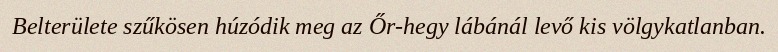
Belterülete szűkösen húzódik meg az Őr-hegy lábánál levő kis völgykatlanban.